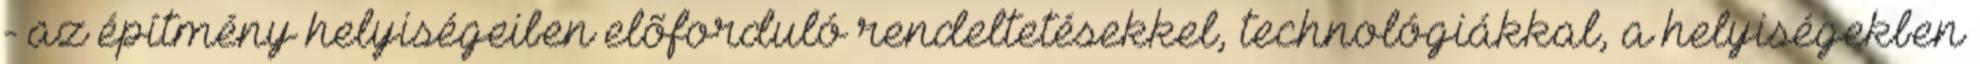
- az építmény helyiségeiben elõforduló rendeltetésekkel, technológiákkal, a helyiségekben